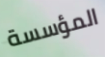
المؤسسة